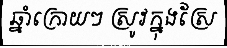
ឆ្នាំក្រោយៗ ស្រូវក្នុងស្រែ